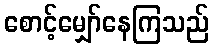
စောင့်မျှော်နေကြသည်